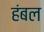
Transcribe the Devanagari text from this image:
हंबल